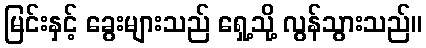
မြင်းနှင့် ခွေးများသည် ရှေ့သို့ လွန်သွားသည်။